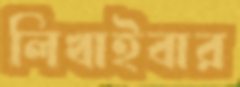
লিখাইবার